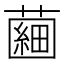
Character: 𧀇